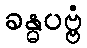
ခန္ဓပဗ္ဗံ